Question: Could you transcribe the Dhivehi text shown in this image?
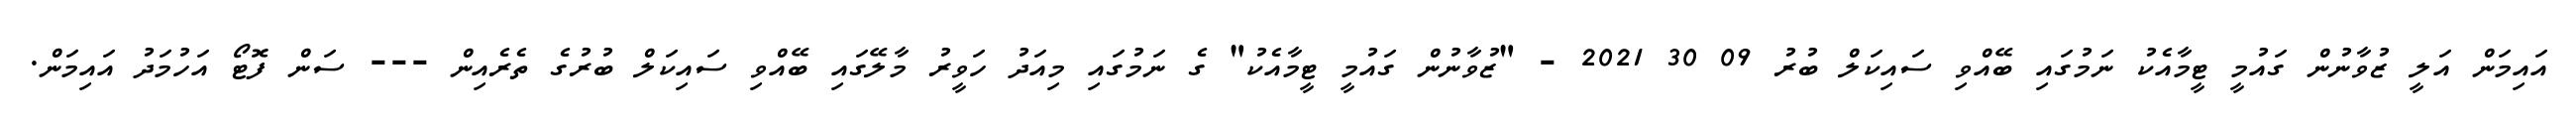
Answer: އައިމަން އަލީ ޒުވާނުން ގައުމީ ޓީމާއެކު ނަމުގައި ބޭއްވި ސައިކަލް ބުރު 09 30 2021 - "ޒުވާނުން ގައުމީ ޓީމާއެކު" ގެ ނަމުގައި މިއަދު ހަވީރު މާލޭގައި ބޭއްވި ސައިކަލް ބުރުގެ ތެރެއިން --- ސަން ފޮޓޯ އަހުމަދު އައިމަން.